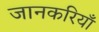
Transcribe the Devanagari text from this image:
जानकरियाँ